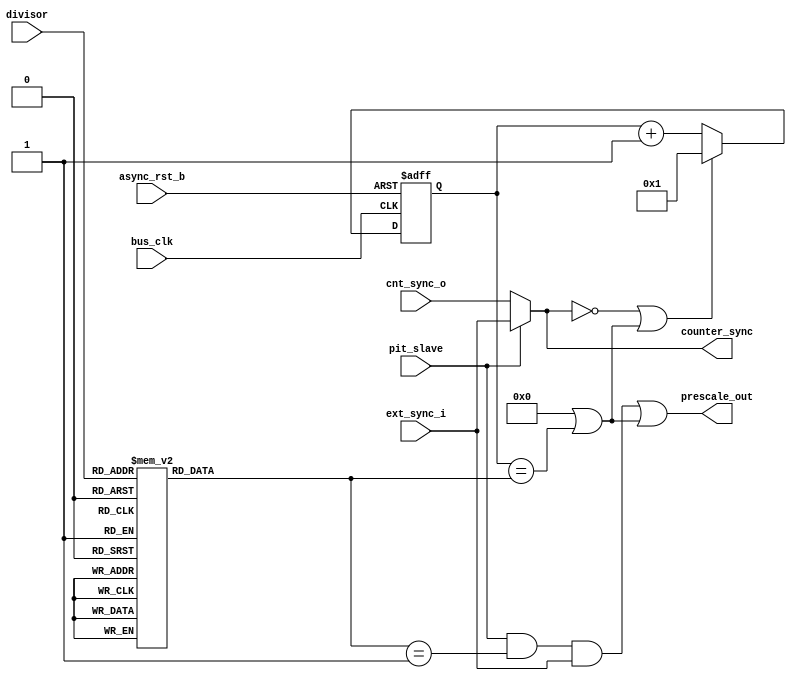
module pit_prescale #(parameter COUNT_SIZE = 15,
                      parameter DECADE_CNTR = 1,
		      parameter NO_PRESCALE = 0)
  (
  output                      prescale_out,  // 
  output                      counter_sync,  // 
  input                       async_rst_b,   // 
  //input                       sync_reset,    // Syncronous reset signal
  input                       bus_clk,       // Reference Clock
  input                       cnt_sync_o,    // Syncronous counter enable
  input                       ext_sync_i,    // Enable from external PIT
  input                       pit_slave,     // PIT Slave Mode
  input                 [3:0] divisor        // Count Divisor
  );
  
// Warning: This counter has no safety net if the divisor changes while the
//           counter is active. There may need to be an addtional latch
//           register for"divisor" that captures on the falling edge of
//           "cnt_sync_o" or when "cnt_n" rolls over to eliminate this problem.

reg    [COUNT_SIZE-1:0] cnt_n;         // Div N counter
reg    [COUNT_SIZE-1:0] end_count;     // Psudo register for decoding

wire                    div_1;         // 
wire                    rollover;      // 

// This was going to be a "generate" block but iverilog does't support that
//  command so we'll just have to trust the compiler to simplify the logic based
//  on the setting of the constant "DECADE_CNTR"
   always @*
     if ( DECADE_CNTR )
       case (divisor)
          0: end_count = 1;
          1: end_count = 2;
          2: end_count = 4;
          3: end_count = 8;
          4: end_count = 10;
          5: end_count = 100;
          6: end_count = 1_000;
          7: end_count = 10_000;
          8: end_count = 20_000;
          default: end_count = 20_000;
        endcase
    else
        case (divisor)
           0: end_count = 1;
           1: end_count = 2;
           2: end_count = 4;
           3: end_count = 8;
           4: end_count = 16;
           5: end_count = 32;
           6: end_count = 64;
           7: end_count = 128;
           8: end_count = 256;
           9: end_count = 512;
          10: end_count = 1024;
          11: end_count = 2048;
          12: end_count = 4096;
          13: end_count = 8192;
          14: end_count = 16384;
          15: end_count = 32768;
        endcase

assign counter_sync = pit_slave ? ext_sync_i : cnt_sync_o;

assign div_1 = (end_count == 1);

assign rollover = NO_PRESCALE || (cnt_n == end_count);

assign prescale_out = (pit_slave && div_1 && ext_sync_i) || rollover; 

// Div N Counter
// If the "NO_PRESCALE" parameter is set the compiler should hopefully strip
//  these counter bits when the module is compiled because the only place the
//  register outputs go to drive a signal "rollover" that is already a constant.
always @(posedge bus_clk or negedge async_rst_b)
  if ( !async_rst_b )
    cnt_n  <= 1;
  else if ( !counter_sync || rollover)
    cnt_n  <= 1;
//  else if ( rollover )
//    cnt_n  <= 1;
  else
    cnt_n  <= cnt_n + 1;


endmodule  // pit_prescale